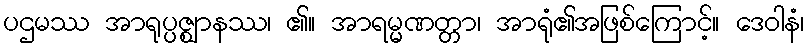
ပဌမဿ အာရုပ္ပဇ္ဈာနဿ၊ ၏။ အာရမ္မဏတ္တာ၊ အာရုံ၏အဖြစ်ကြောင့်။ ဒေဝါနံ၊